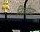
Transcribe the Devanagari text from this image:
निलीमा